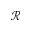
\mathcal { R }